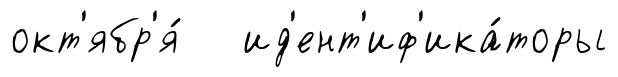
окт'ябр'я́ ид'ент'иф'ика́торы